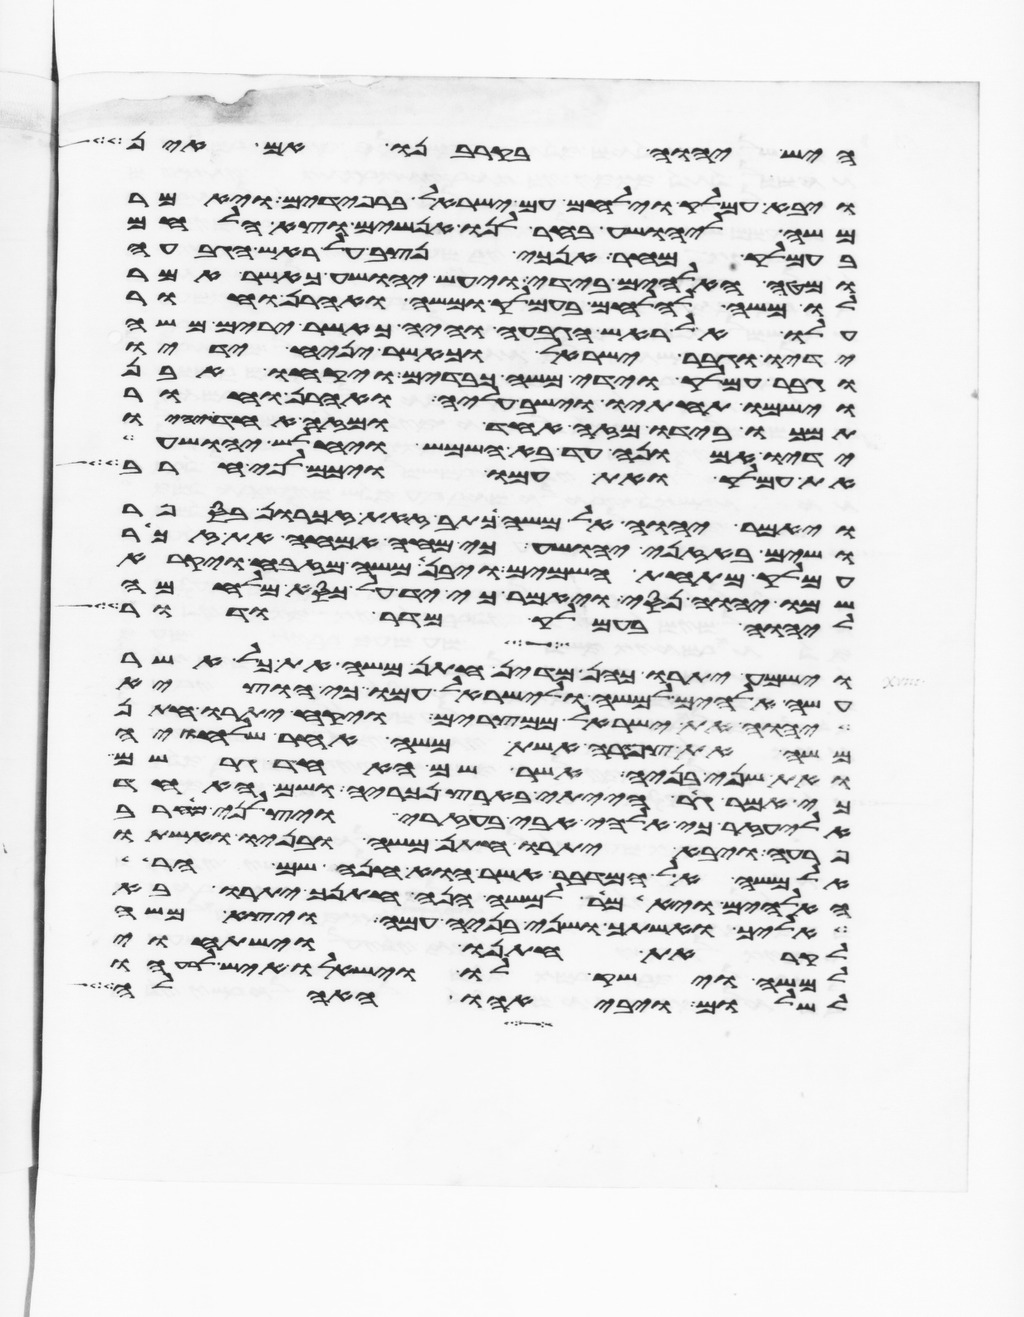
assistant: היש יהוה בקרבנו אם אין
ויבא עמלק וילחם עם ישראל ברפידים ויאמר
משה ליהושע בחר לנו אנשים וצא הלחם
בעמלק מחר אנכי נצב על ראש הגבעה
ומטה האלהים בידי ויעש יהושע כאשר אמר
לו משה להלחם בעמלק ומשה ואהרן וחור
עלו אל ראש הגבעה והיה כאשר ירים משה
ידיו וגבר ישראל וכאשר יניח ידיו
וגבר עמלק וידי משה כבדים ויקחו אבן
וישמו תחתיו וישב עליה ואהרן וחור
תמכו בידיו מזה אחד ומזה אחד ויהיו
ידיו אמונה עד בא השמש ויחלש יהושע
את עמלק ואת עמו ויכם לפי חרב
ויאמר יהוה אל משה כתב זאת זכרון בספר
ושים באזני יהושע כי מחה אמחה את זכר
עמלק מתחת השמים ויבן משה מזבח ויקרא
שמו יהוה נסי ויאמר כי יד על כסא מלחמה
ליהוה בעמלק מדר ודר
וישמע יתרו כהן מדין חתן משה את כל אשר
עשה אלהים למשה ולישראל עמו כי הוציא
יהוה את ישראל ממצרים ויקח יתרו חתן
משה את צפורה אשת משה אחר שלחיה
ואת שני בניה אשר שם האחד גרשם
כי אמר גר הייתי בארץ נכריה ושם האחד
אליעזר כי אלהי אבי בעזרי ויצלני מחרב
פרעה ויבא יתרו חתן משה ובניו ואשתו
אל משה אל המדבר אשר הוא חנה שם הר
האלהים ויאמר למשה הנה חתנך יתרו בא
אליך ואשתך ושני בניה עמה ויצא משה
לקראת חתנו וישתחוי
למשה וישק לו וישאלו איש לרעהו
לשלום ויבאהו האהלה